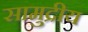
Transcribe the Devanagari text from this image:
सामुद्रीय